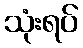
သုံးရပ်